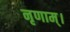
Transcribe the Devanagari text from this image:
नृणाम्‌।